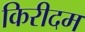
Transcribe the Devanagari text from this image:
किरीदम